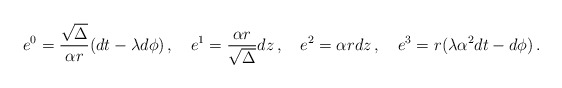
\begin{align*}e^0= \frac{\sqrt\Delta}{\alpha r}(dt -\lambda d\phi)\, , \quad e^1=\frac{\alpha r}{\sqrt\Delta} dz \, ,\quad e^2=\alpha r dz\, ,\quad e^3=r(\lambda \alpha^2 dt - d\phi) \, . \end{align*}